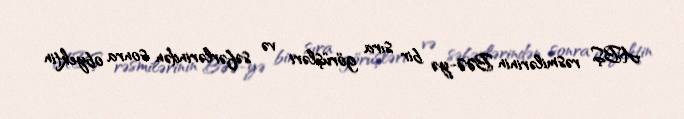
ABŞ rəsmilərinin BƏƏ-yə bir sıra görüşləri və səfərlərindən sonra obyektin